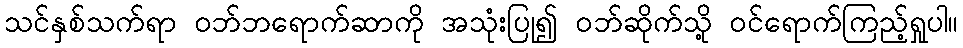
သင်နှစ်သက်ရာ ဝဘ်ဘရောက်ဆာကို အသုံးပြု၍ ဝဘ်ဆိုက်သို့ ဝင်ရောက်ကြည့်ရှုပါ။